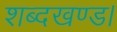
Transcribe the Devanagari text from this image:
शब्दखण्ड।